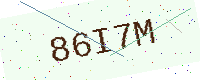
Text: 86I7M